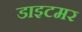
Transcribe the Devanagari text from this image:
डाइटमर